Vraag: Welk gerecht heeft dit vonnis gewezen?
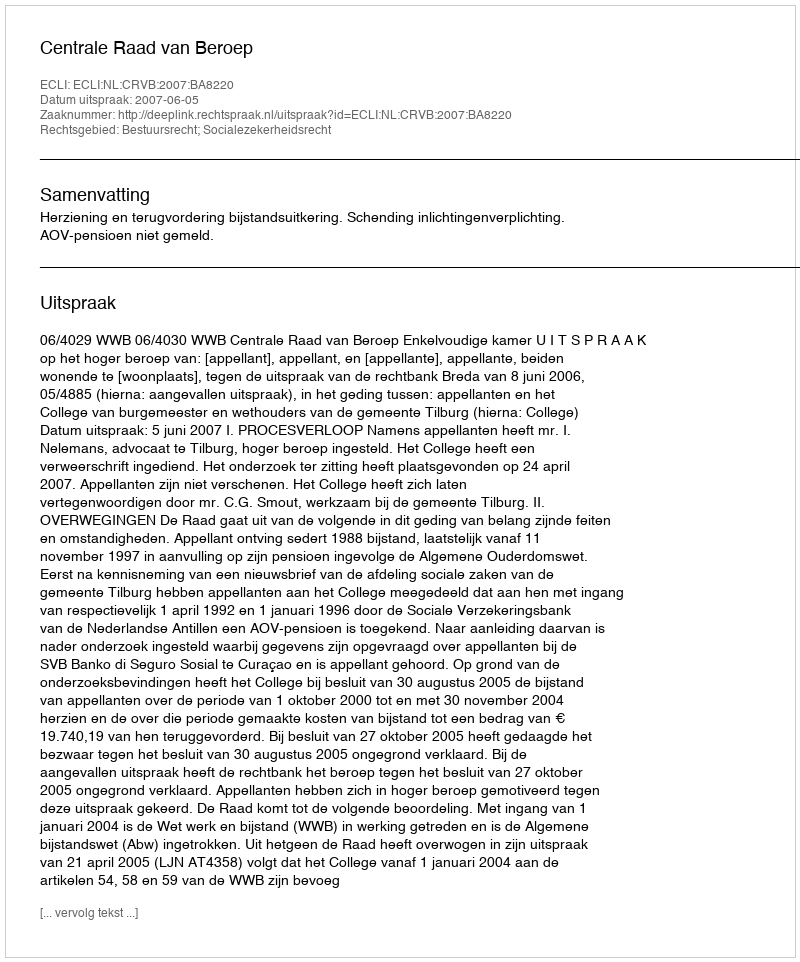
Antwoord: Centrale Raad van Beroep